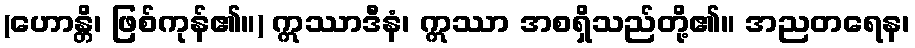
(ဟောန္တိ၊ ဖြစ်ကုန်၏။) ဣဿာဒီနံ၊ ဣဿာ အစရှိသည်တို့၏။ အညတရေန၊